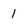
Character: 1